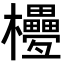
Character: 𣡟